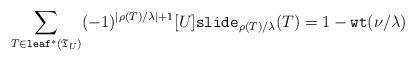
LaTeX: \begin{align*}\sum_{T \in {\tt leaf}^*(\mathfrak{T}_U)}(-1)^{|\rho(T)/\lambda|+1}[U]{\tt slide}_{\rho(T)/\lambda}(T)=1-{\tt wt}(\nu/\lambda)\end{align*}